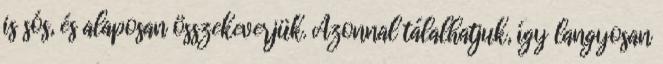
is sós, és alaposan összekeverjük. Azonnal tálalhatjuk, így langyosan